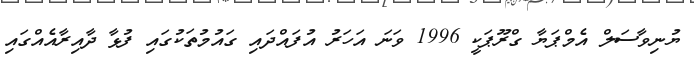
ޔުނިވާސަލް އެމްޕަޔާ ގްރޫޕަކީ 1996 ވަނަ އަހަރު އުފައްދައި ގައުމުތަކުގައި ފުޅާ ދާއިރާއެއްގައި